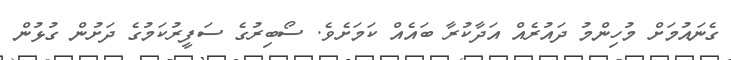
ގެނައުމަށް މުހިންމު ދައުރެއް އަދާކުރާ ބައެއް ކަމަށެވެ. ސޯބިރުގެ ސަފީރުކަމުގެ ދަށުން ގުޅުން